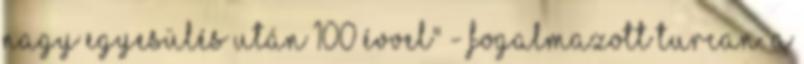
nagy egyesülés után 100 évvel" - fogalmazott Turcan. A